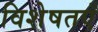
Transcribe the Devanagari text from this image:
विशेषतएँ